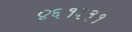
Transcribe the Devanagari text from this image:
४६१३३१